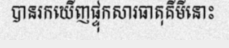
បានរកឃើញផ្ទុកសារធាតុគីមីនោះ